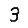
Digit: 3